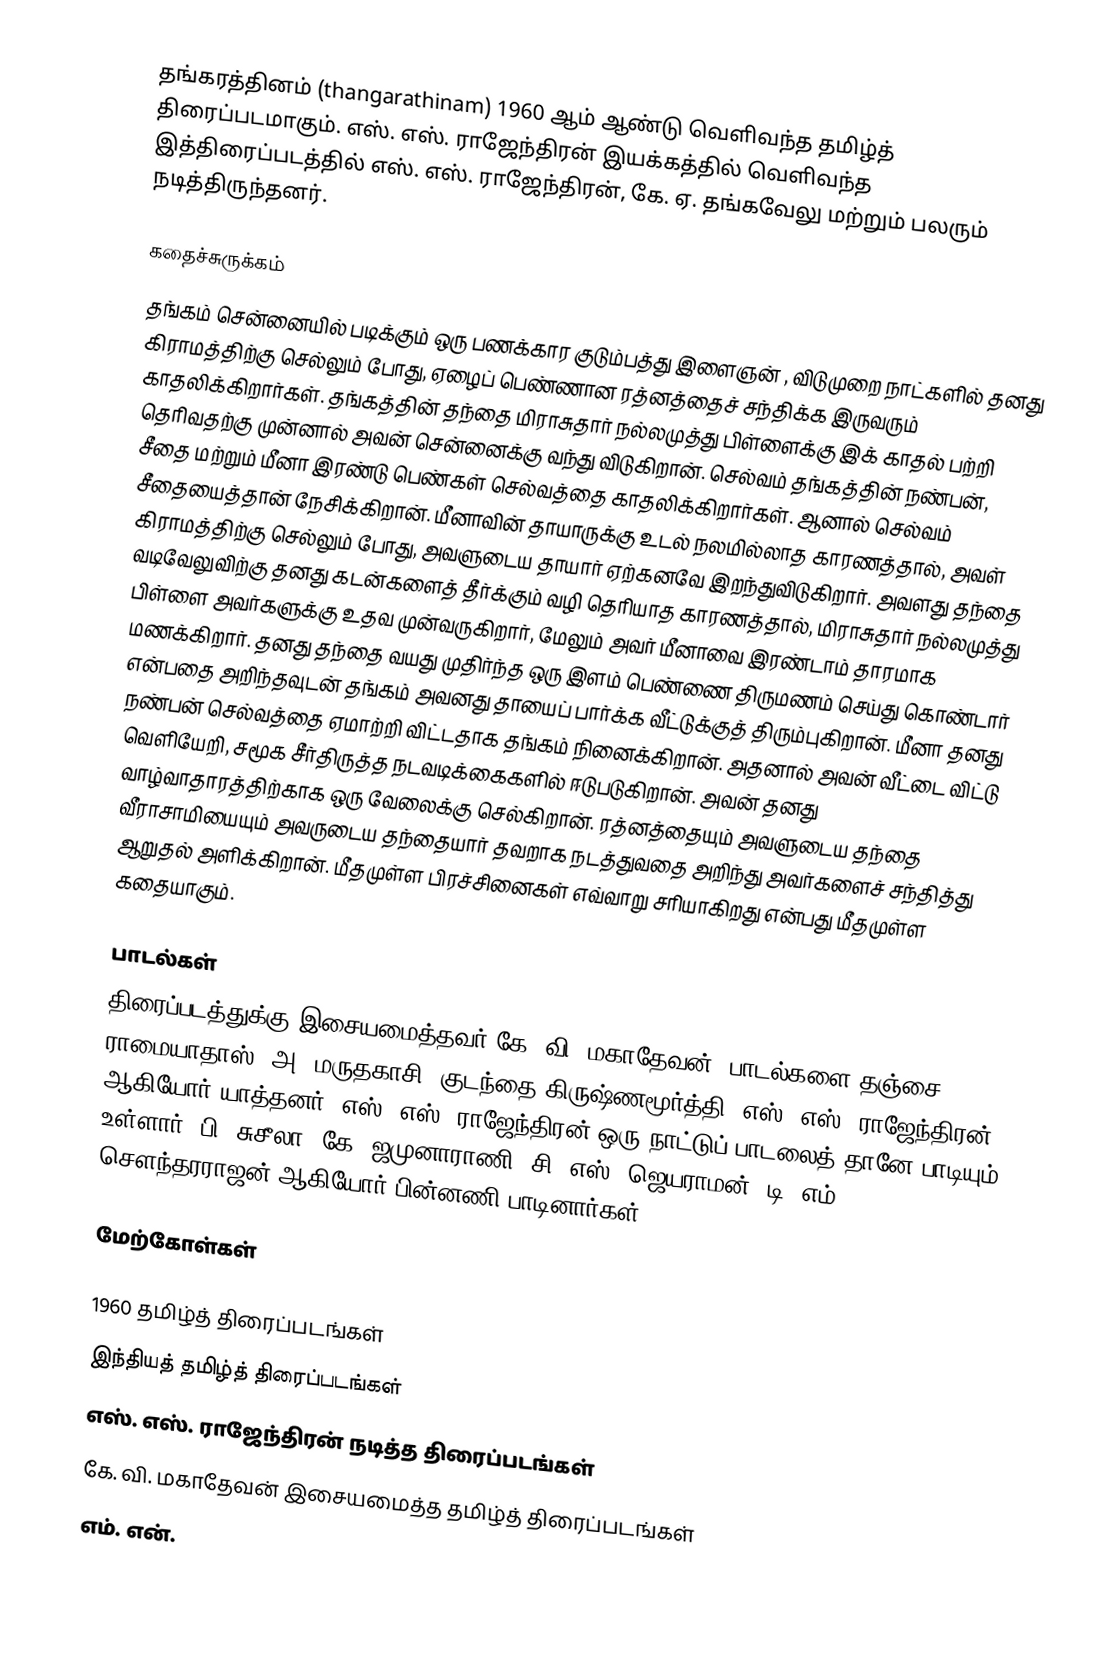
தங்கரத்தினம் (thangarathinam) 1960 ஆம் ஆண்டு வெளிவந்த தமிழ்த் திரைப்படமாகும். எஸ். எஸ். ராஜேந்திரன் இயக்கத்தில் வெளிவந்த இத்திரைப்படத்தில் எஸ். எஸ். ராஜேந்திரன், கே. ஏ. தங்கவேலு மற்றும் பலரும் நடித்திருந்தனர்.

கதைச்சுருக்கம்
தங்கம் சென்னையில் படிக்கும் ஒரு பணக்கார குடும்பத்து இளைஞன் , விடுமுறை நாட்களில் தனது கிராமத்திற்கு செல்லும் போது, ஏழைப் பெண்ணான ரத்னத்தைச்  சந்திக்க இருவரும் காதலிக்கிறார்கள். தங்கத்தின் தந்தை மிராசுதார் நல்லமுத்து பிள்ளைக்கு இக் காதல்  பற்றி தெரிவதற்கு முன்னால் அவன் சென்னைக்கு வந்து விடுகிறான்.  செல்வம் தங்கத்தின் நண்பன், சீதை மற்றும் மீனா இரண்டு பெண்கள் செல்வத்தை காதலிக்கிறார்கள். ஆனால் செல்வம் சீதையைத்தான் நேசிக்கிறான். மீனாவின் தாயாருக்கு உடல் நலமில்லாத காரணத்தால், அவள் கிராமத்திற்கு செல்லும் போது, அவளுடைய தாயார் ஏற்கனவே இறந்துவிடுகிறார். அவளது தந்தை வடிவேலுவிற்கு தனது கடன்களைத் தீர்க்கும் வழி தெரியாத காரணத்தால், மிராசுதார் நல்லமுத்து பிள்ளை அவர்களுக்கு உதவ முன்வருகிறார், மேலும் அவர் மீனாவை இரண்டாம் தாரமாக மணக்கிறார்.  தனது தந்தை வயது முதிர்ந்த ஒரு இளம் பெண்ணை திருமணம் செய்து கொண்டார் என்பதை அறிந்தவுடன் தங்கம் அவனது தாயைப் பார்க்க வீட்டுக்குத் திரும்புகிறான். மீனா தனது நண்பன் செல்வத்தை ஏமாற்றி விட்டதாக தங்கம் நினைக்கிறான். அதனால் அவன் வீட்டை விட்டு வெளியேறி, சமூக சீர்திருத்த நடவடிக்கைகளில் ஈடுபடுகிறான். அவன் தனது வாழ்வாதாரத்திற்காக ஒரு வேலைக்கு செல்கிறான். ரத்னத்தையும் அவளுடைய தந்தை வீராசாமியையும் அவருடைய தந்தையார் தவறாக நடத்துவதை அறிந்து அவர்களைச் சந்தித்து ஆறுதல் அளிக்கிறான். மீதமுள்ள பிரச்சினைகள் எவ்வாறு சரியாகிறது என்பது மீதமுள்ள கதையாகும்.

பாடல்கள்
திரைப்படத்துக்கு இசையமைத்தவர் கே. வி. மகாதேவன். பாடல்களை தஞ்சை ராமையாதாஸ், அ. மருதகாசி, குடந்தை கிருஷ்ணமூர்த்தி, எஸ். எஸ். ராஜேந்திரன் ஆகியோர் யாத்தனர். எஸ். எஸ். ராஜேந்திரன் ஒரு நாட்டுப் பாடலைத் தானே பாடியும் உள்ளார். பி. சுசீலா, கே. ஜமுனாராணி, சி. எஸ். ஜெயராமன், டி. எம். சௌந்தரராஜன் ஆகியோர் பின்னணி பாடினார்கள் .

மேற்கோள்கள்

1960 தமிழ்த் திரைப்படங்கள்
இந்தியத் தமிழ்த் திரைப்படங்கள்
எஸ். எஸ். ராஜேந்திரன் நடித்த திரைப்படங்கள்
கே. வி. மகாதேவன் இசையமைத்த தமிழ்த் திரைப்படங்கள்
எம். என்.